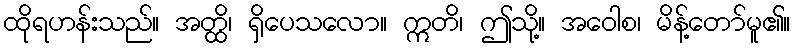
ထိုရဟန်းသည်။ အတ္ထိ၊ ရှိပေသလော။ ဣတိ၊ ဤသို့။ အဝေါစ၊ မိန့်တော်မူ၏။